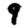
Digit: 9